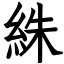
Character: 絑